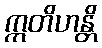
ဣတိဟန္တိ